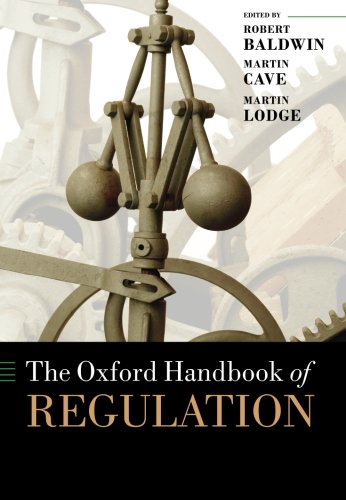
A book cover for The Oxford Handbook of Regulation (Oxford Handbooks in Business and Management); Robert Baldwin; Law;